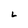
Character: L